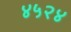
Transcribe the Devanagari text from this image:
४५२४